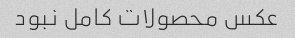
عکس محصولات کامل نبود